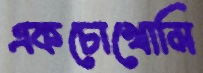
একচোখোমি